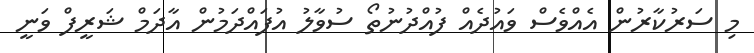
މި ސަރުކާރުން އެއްވެސް ވައުދެއް ފުއްދުނުތޯ ސުވާލު އުފައްދަމުން އާދަމް ޝަރީފް ވަނީ